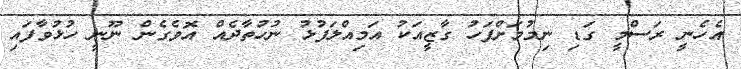
އެހެނީ ރަސްމީ ގަޑި ނިމުމަށްފަހު ގާޒީއަކު އަމިއްލަފުޅު ނުހުތާދެއް އޮވެގެން ނޫނީ ހުޅުވާފައި